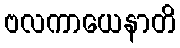
ဗလကာယေနာတိ